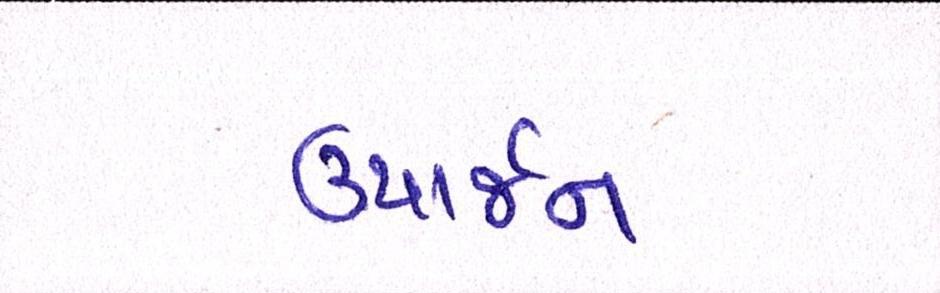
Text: ઉપાર્જન